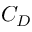
C _ { D }